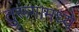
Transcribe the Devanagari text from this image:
तुरूंगामध्ये